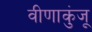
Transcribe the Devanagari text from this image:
वीणाकुंजू